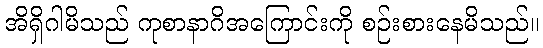
အိရှိဂါမိသည် ကုစာနာဂိအကြောင်းကို စဉ်းစားနေမိသည်။